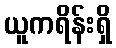
ယူကရိန်းရှိ